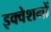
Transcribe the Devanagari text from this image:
इक्वेशनों